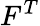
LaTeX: F^{T}